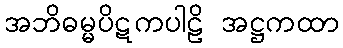
အဘိဓမ္မပိဋကပါဠိ အဋ္ဌကထာ